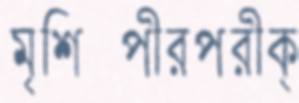
মৃশিল্পীরপরীক্